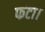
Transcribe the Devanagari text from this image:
फटा।